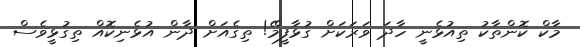
މާކް ކޮންތާކު ތިއުޅެނީ ހާދަ ވަރަކަށް ގުޅާފީމޭ! ތިގެއަށް ދާން އުޅެނިކޮއް ތިގުޅީވެސް